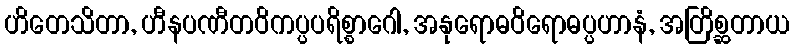
ဟိတေသိတာ, ဟီနပဏီတဝိကပ္ပပရိစ္စာဂေါ, အနုရောဓဝိရောဓပ္ပဟာနံ, အတြိစ္ဆတာယ